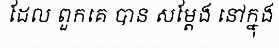
ដែល ពួកគេ បាន សម្តែង នៅក្នុង